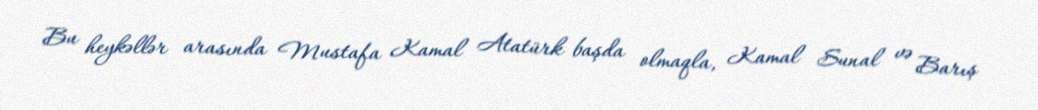
Bu heykəllər arasında Mustafa Kamal Atatürk başda olmaqla, Kamal Sunal və Barış